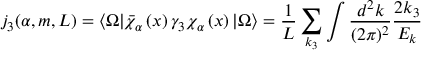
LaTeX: j _ { 3 } ( \alpha , m , L ) = \langle \Omega | \bar { \chi } _ { \alpha } \left( x \right) \gamma _ { 3 } \chi _ { \alpha } \left( x \right) | \Omega \rangle = \frac { 1 } { L } \sum _ { k _ { 3 } } \int \frac { d ^ { 2 } k } { ( 2 \pi ) ^ { 2 } } \frac { 2 k _ { 3 } } { E _ { k } }